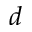
^ { d }